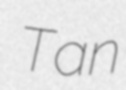
Tan